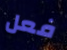
فعل